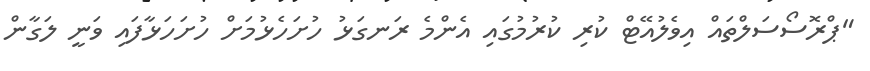
"ޕްރޮސޯސަލްތައް އިވެލުއޭޓް ކުރި ކުރުމުގައި އެންމެ ރަނގަޅު ހުށަހެޅުމަށް ހުށަހަޅާފައި ވަނީ ލަގާން